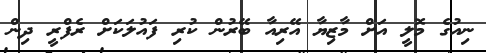
ނިއުގެ މޮލީ އަށް މާޒިޔާ އޭރިއާ ބޭރުން ކުރި ފައުލަކަށް ރެފްރީ ދިން